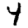
Digit: 4